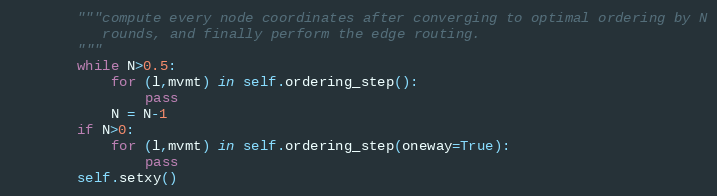
Language: Python
        """compute every node coordinates after converging to optimal ordering by N
           rounds, and finally perform the edge routing.
        """
        while N>0.5:
            for (l,mvmt) in self.ordering_step():
                pass
            N = N-1
        if N>0:
            for (l,mvmt) in self.ordering_step(oneway=True):
                pass
        self.setxy()